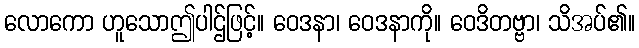
လောကော ဟူသောဤပါဌ်ဖြင့်။ ဝေဒနာ၊ ဝေဒနာကို။ ဝေဒိတဗ္ဗာ၊ သိအပ်၏။